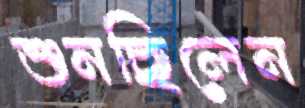
শুনছিলেন